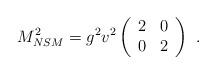
LaTeX: \begin{align*} M_{NSM}^2 =g^2 v^2 \left(\begin{array}{cc} 2 & 0 \\ 0 & 2 \\ \end{array} \right)~.~\,\end{align*}